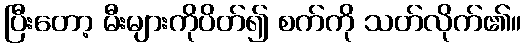
ပြီးတော့ မီးများကိုပိတ်၍ စက်ကို သတ်လိုက်၏။